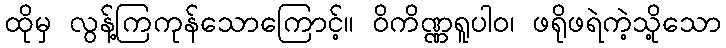
ထိုမှ လွန့်ကြကုန်သောကြောင့်။ ဝိကိဏ္ဏရူပါဝ၊ ဖရိုဖရဲကဲ့သို့သော